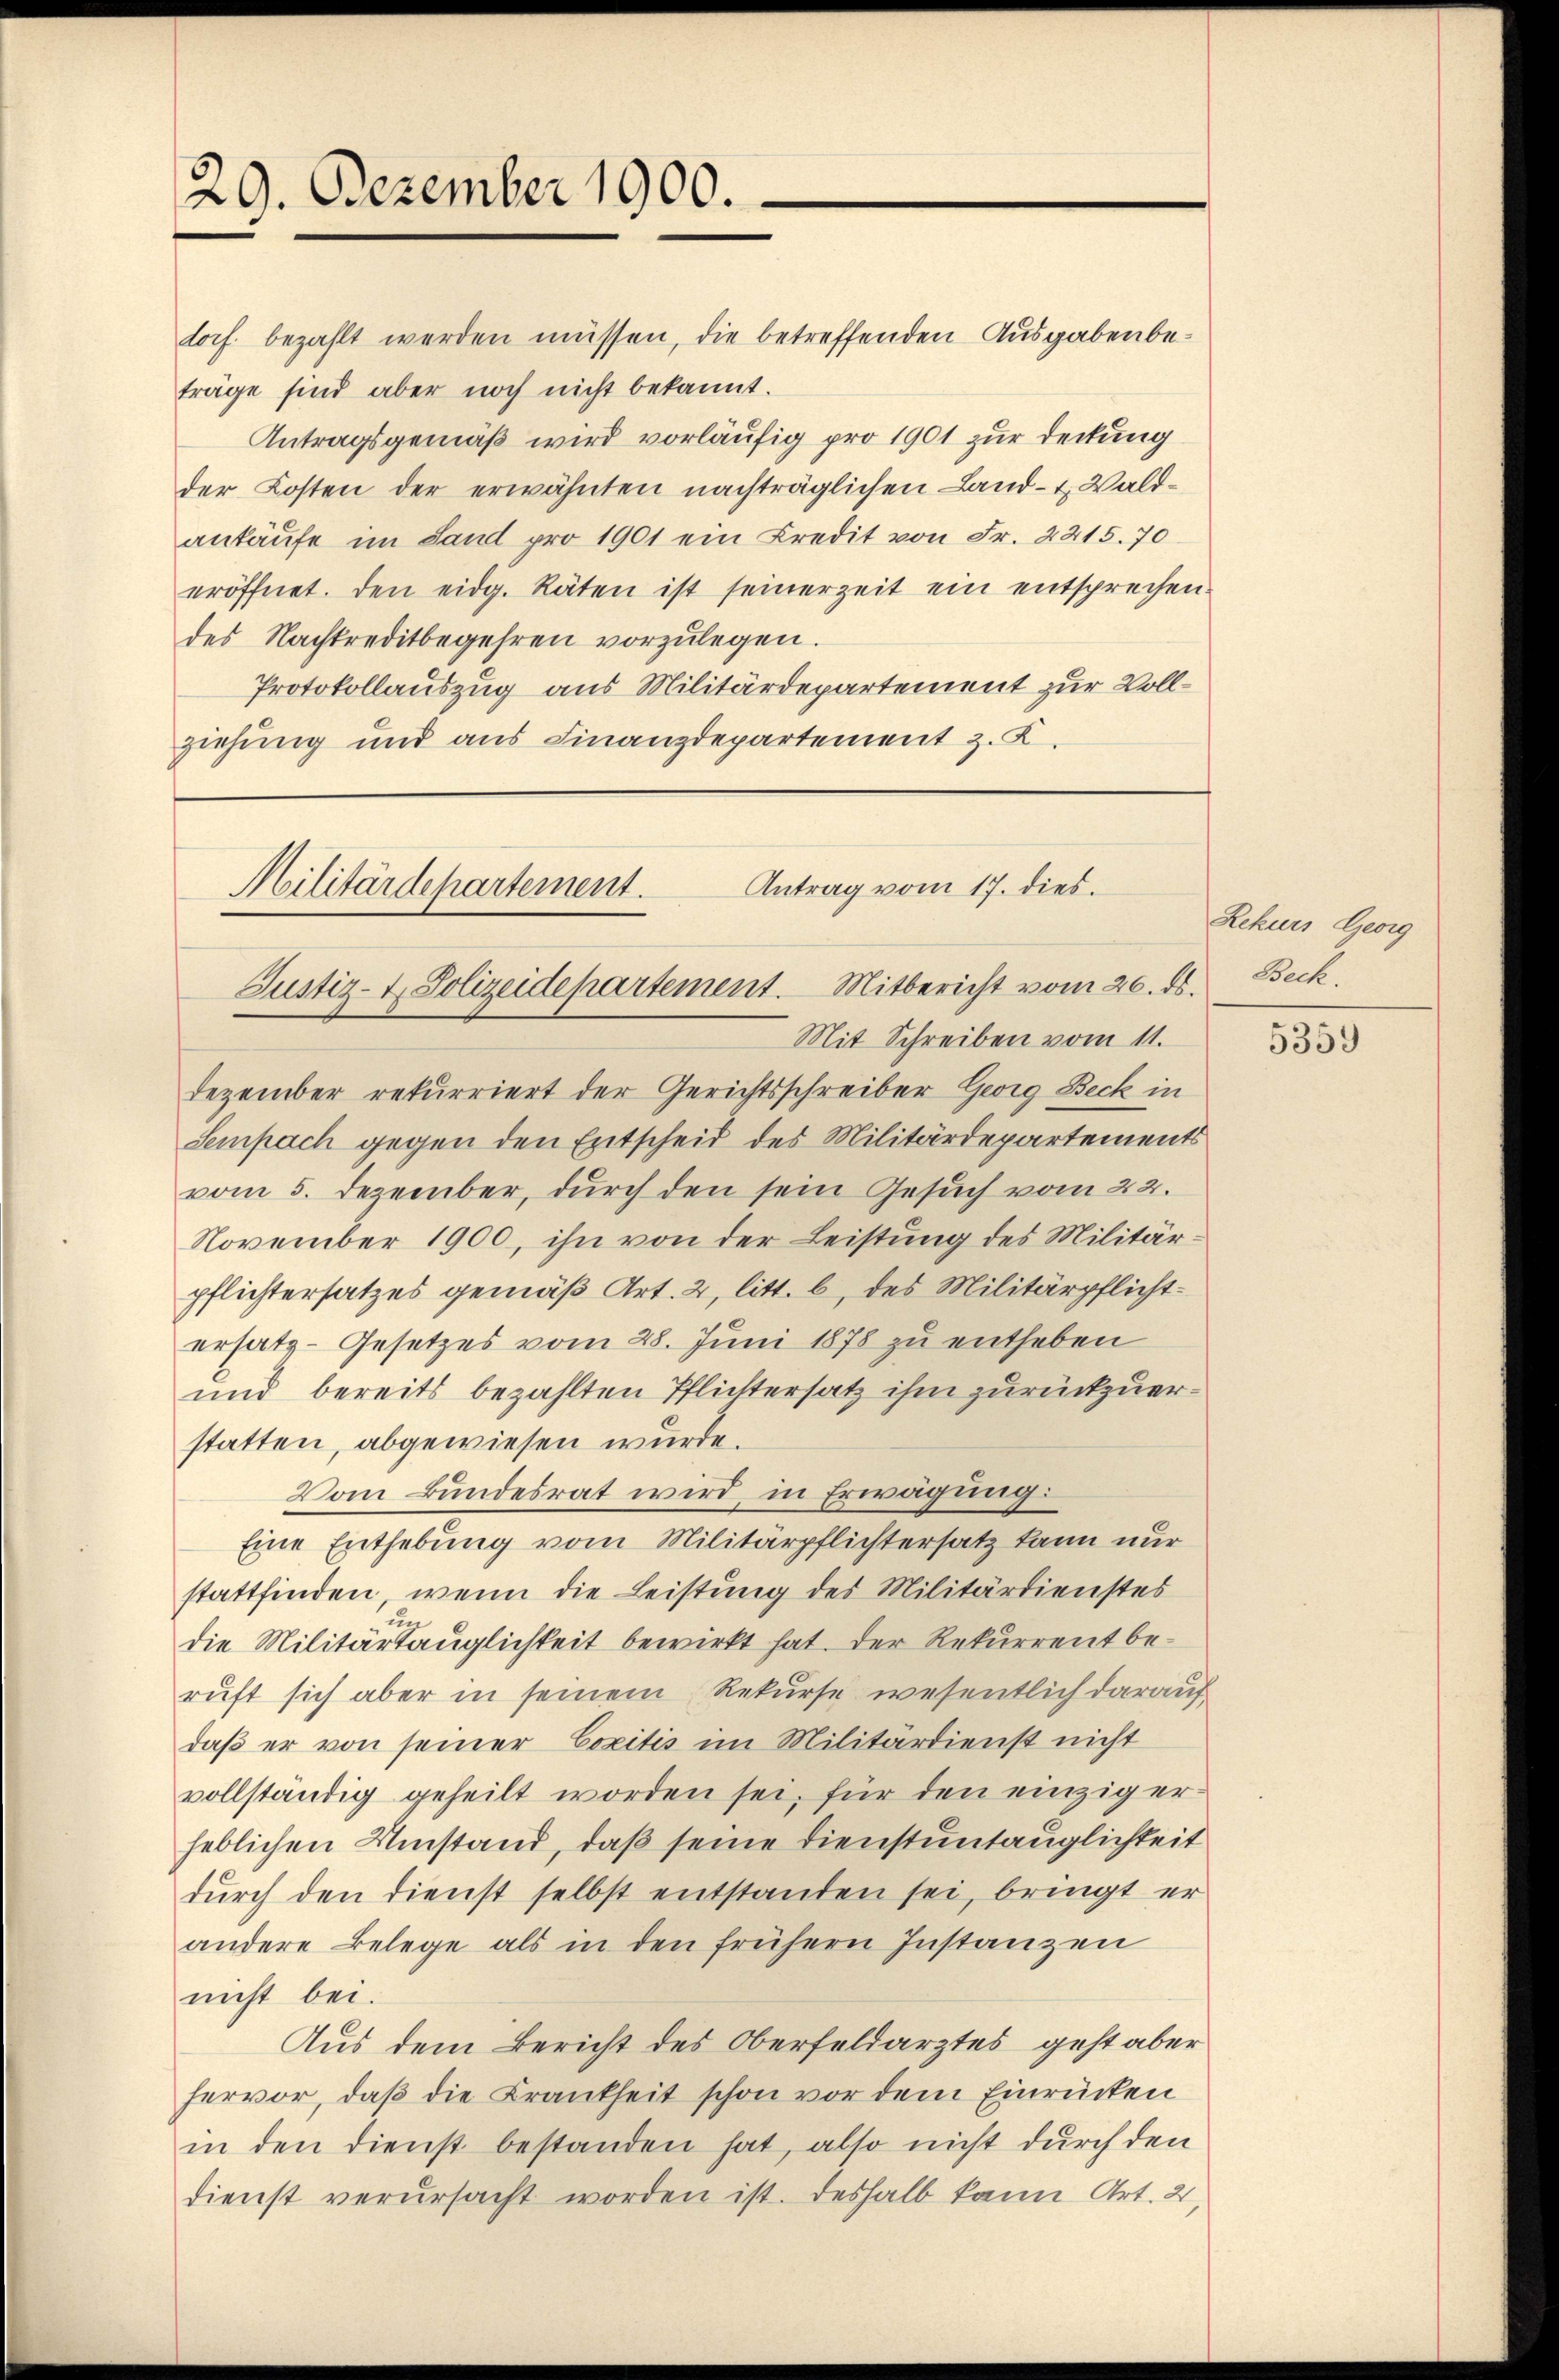
29. Dezember 1900.

Antrag vom 17. dies.
Militärdepartement.
Justiz- & Polizeidepartement. Mitbericht vom 20. ds. Beck.

torf bezahlt werden müssen, die betreffenden Ausgaben beträge sind aber noch nicht bekannt.
Antragsgemäß wird vorläufig pro 1901 zur Deckung
der Kosten der erwähnten nachträglichen Land- & Waldantäufe im Sand pro 1901 ein Kredit von Fr. 2215. 70
eröffnet. Den eidg. Räten ist seinerzeit ein entsprechen.
des Nachtreditbegehren vorzulegen.
Protokollauszug aus Militärdepartement zur Vollziehung und aus Finanzdepartement z. K.

Mit Schreiben vom 11.
Dezember rekurriert der Gerichtsschreiber Georg Beck in
Sempach gegen den Entscheid des Militärdepartements
vom 5. Dezember, durch den sein Gesuch vom 22.
November 1900, ihn von der Leistung des Militärpflichtersatzes gemäß Art. 2, litt. b, des Militärpflichtersatz-Gesetzes vom 28. Juni 1878 zu entheben
und bereits bezahlten Pflichtersatz ihm zurückzuerstatten, abgewiesen wurde.
Vom Bundesrat wird in Erwägung:
Eine Enthebung vom Militärpflichtersatz kann nur
stattfinden, wenn die Leistung des Militärdienstes
un
die Militärtauglichkeit bewirkt hat. Der Rekurrent beruft sich aber in seinem Rekurse wesentlich darauf
daß er von seiner Copitis im Militärdienst nicht
vollständig geheilt worden sei, für den einzig erheblichen Umstand, daß seine Dienstuntauglichkeit
dŭrch den dienst selbst entstanden sei, bringt er
andere Belege als in den frühern Instanzen
nicht bei.
Aus dem Bericht des Oberfeldarztes geht aber
hervor, daß die Krankheit schon vor dem Einrücken
in den dienst bestanden hat, also nicht durch den
dienst verŭrsacht worden ist. Deshalb kann Art. 21,

Lekurs Georg

5359